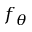
f _ { \theta }